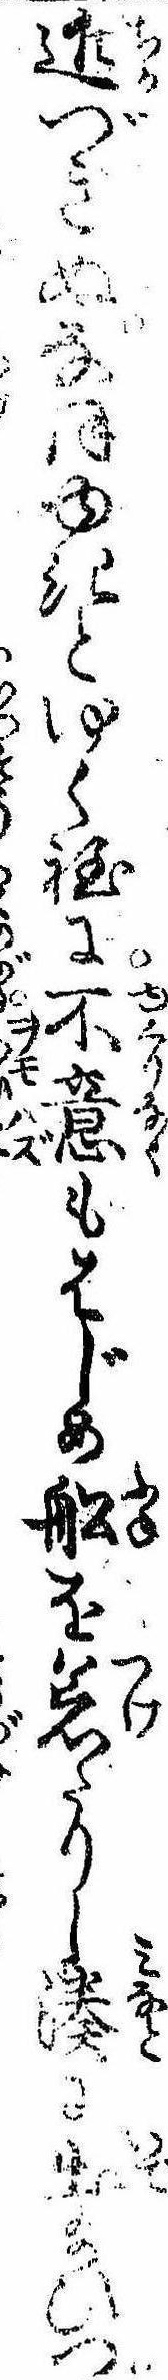
近づきぬなほゆきとゆく程に不意もはじめ船を着たりし湊に出給ひつ